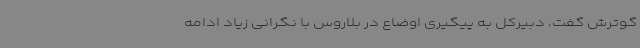
گوترش گفت، دبیرکل به پیگیری اوضاع در بلاروس با نگرانی زیاد ادامه